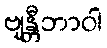
ဗျန္တီဘာဝါ